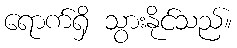
ရောက်ရှိ သွားနိုင်သည်။